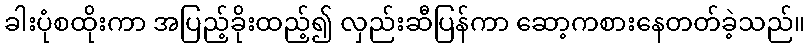
ခါးပုံစထိုးကာ အပြည့်ခိုးထည့်၍ လှည်းဆီပြန်ကာ ဆော့ကစားနေတတ်ခဲ့သည်။